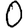
Digit: 0